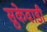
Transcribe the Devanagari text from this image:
सुकेवाडी